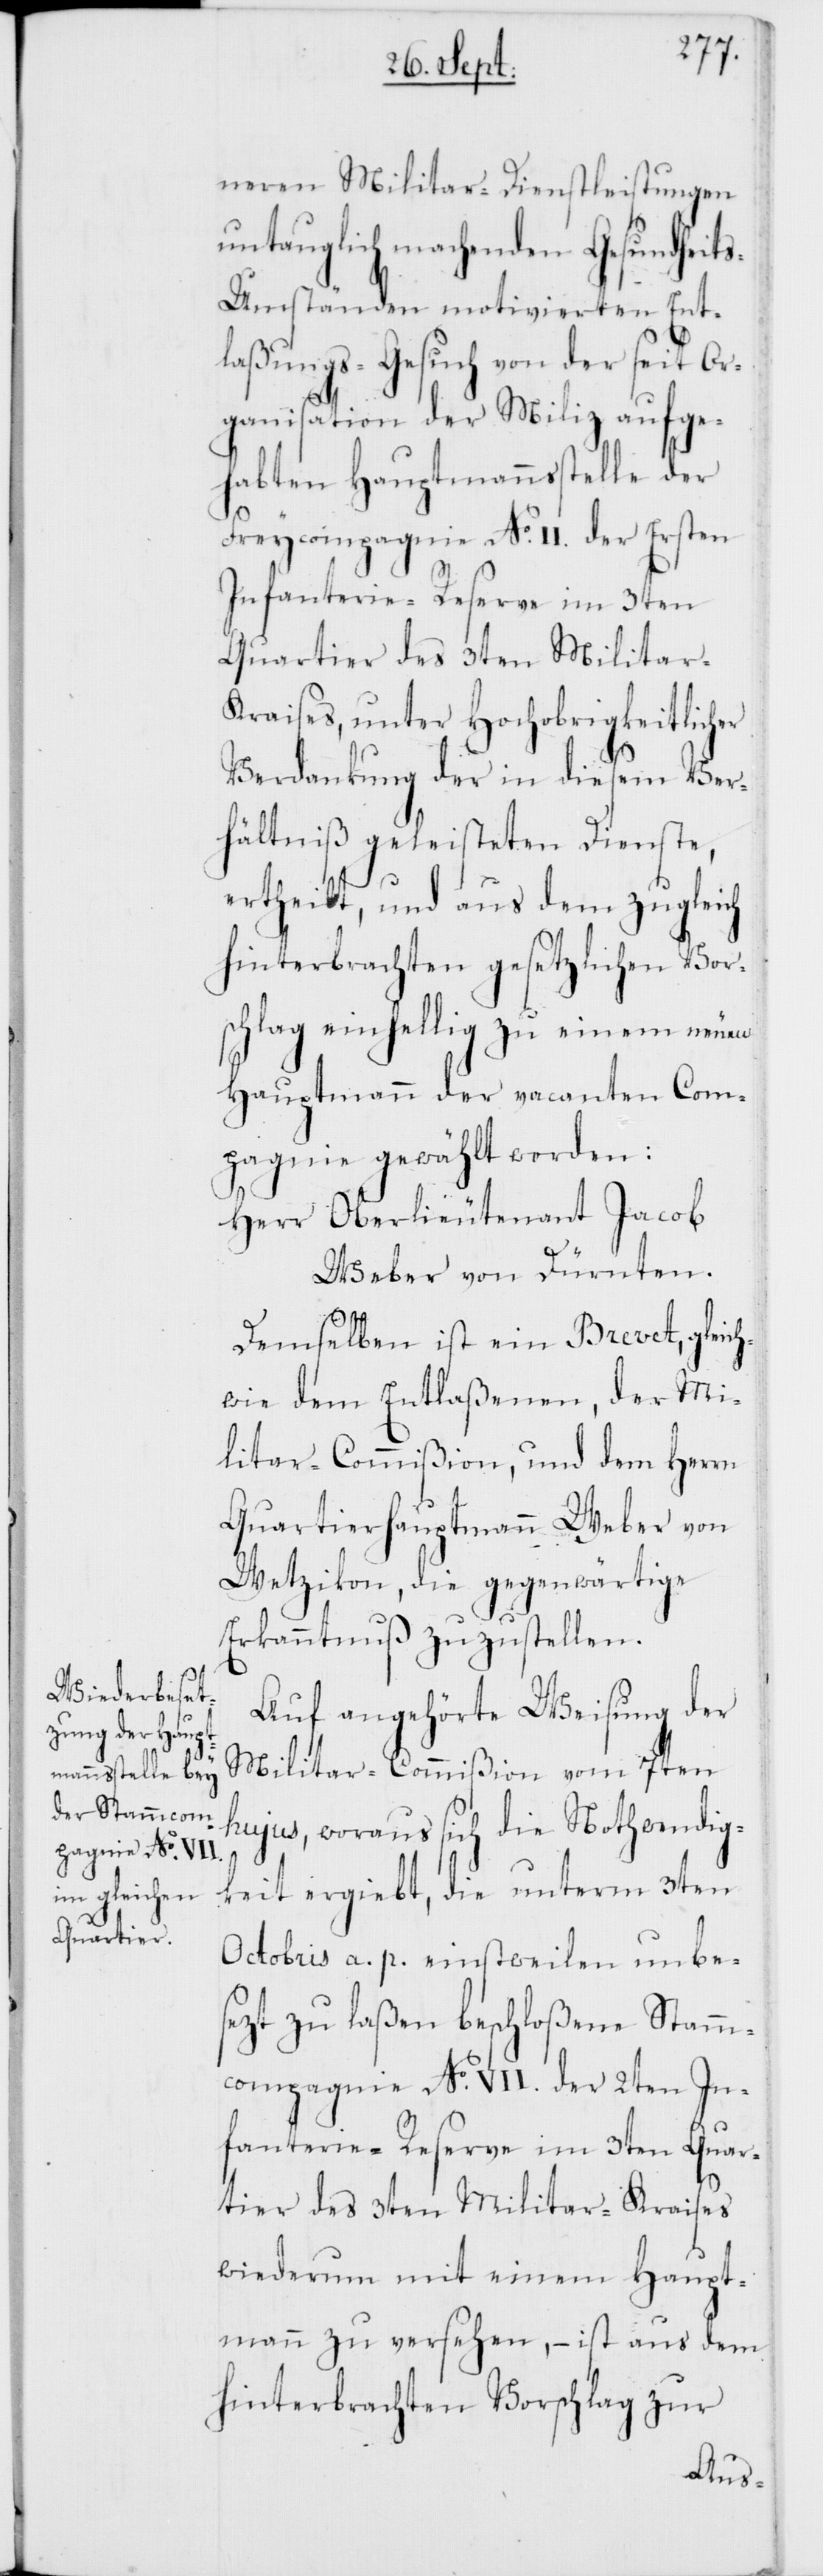
neren Militar-Dienstleistungen
untauglich machenden Gesundheit¬
s-Umständen motivierten Ent¬
laßungs-Gesuch von der seit Or¬
ganisation der Miliz aufge¬
habten Hauptmannsstelle der
Freycompagnie No II. der Ersten
Infanterie-Reserve im 3ten
Quartier des 3ten Militar-K¬
raises, unter Hochobrigkeitlicher
Verdankung der in diesem Ver¬
hältniß geleisteten Dienste,
ertheilt, und aus dem zugleich
hinterbrachten gesetzlichen Vor¬
schlag einhellig zu einem neuen
Hauptmann der vacanten Com¬
pagnie gewählt worden:
Herr Oberlieutenant Jacob
Weber von Dürnten.
Demselben ist ein Brevet, gleich¬
wie dem Entlaßenen, der Mi¬
litar-Commißion, und dem Herrn
Quartierhauptmann Weber von
Wetzikon, die gegenwärtige
Erkanntnuß zuzustellen.
Auf angehörte Weisung der
Militar-Commißion vom 7ten
hujus, woraus sich die Nothwendig¬
keit ergiebt, die unterm 3ten
Octobris a. p. einstweilen unbe¬
sezt zu laßen beschloßene Stamm¬
compagnie No VII. der 2ten In¬
fanterie-Reserve im 3ten Quar¬
tier des 3ten Militar-Kraises
wiederum mit einem Haupt¬
mann zu versehen, – ist aus dem
hinterbrachten Vorschlag zur